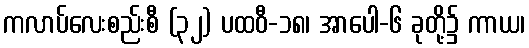
ကလာပ်လေးစည်းစီ (၃၂) ပထဝီ-၁၈၊ အာပေါ-၆ ခုတို့၌ ကာယ၊